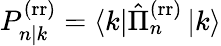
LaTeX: P_{n|k}^{\mathrm{(rr)}}=\left\langle k\right|\hat{\Pi}_{n}^{\mathrm{(rr)}}\left|k\right\rangle